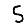
Digit: 5